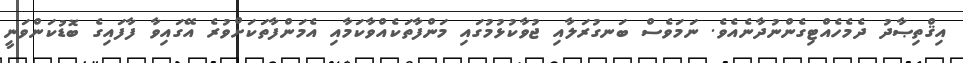
އިޤްތިޞާދު ދެމެހެއްޓިގެންނުދާނެއެވެ. ނަމަވެސް ބަނގުރަލާއި ޖުވާކުޅުމުގައި މަންފާތަކެއްވާކަމާއި އެމަންފާތަކަށްވުރެ އޭގައިވާ ފާފައިގެ ބޮޑުކަންވަނީ